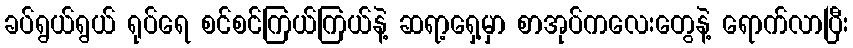
ခပ်ရွယ်ရွယ် ရုပ်ရေ စင်စင်ကြယ်ကြယ်နဲ့ ဆရာ့ရှေ့မှာ စာအုပ်ကလေးတွေနဲ့ ရောက်လာပြီး